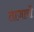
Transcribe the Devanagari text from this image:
ताजायों